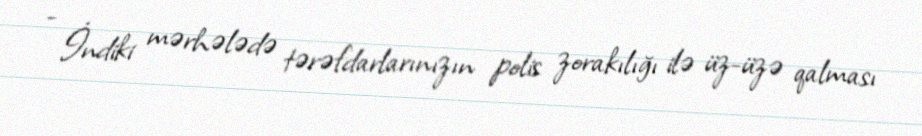
- İndiki mərhələdə tərəfdarlarınızın polis zorakılığı ilə üz-üzə qalması